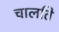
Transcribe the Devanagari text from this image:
चालति